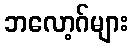
ဘလော့ဂ်များ